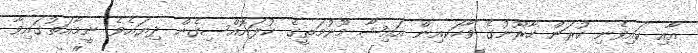
އާއި ކައިވެނި ކުރަން ހާރޫނުގެ ވާހަކއިން އައިޝާ މޫނުމަތީގެ ކުލައޮއްސިގެން ދިޔައެވެ. ނީމާއަތުގައިވާ